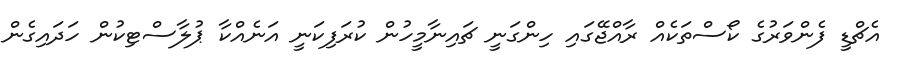
އެޗްޑީ ފެންވަރުގެ ކޯސްތަކެއް ރާއްޖޭގައި ހިންގަނީ ޗައިނާމީހުން ކުރަފިކަނީ އަނެއްކާ ޕުލާސްޓިކުން ހަދައިގެން